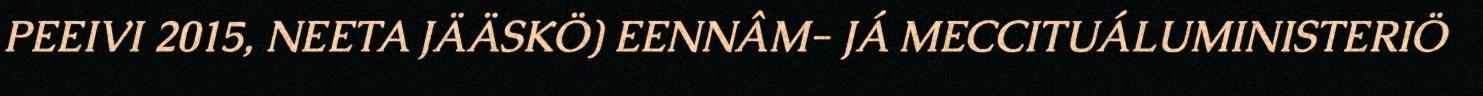
PEEIVI 2015, NEETA JÄÄSKÖ) EENNÂM- JÁ MECCITUÁLUMINISTERIÖ